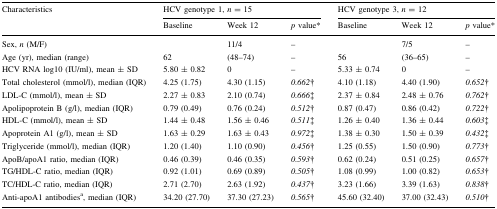
<table><thead><tr><td rowspan="2"><b>Characteristics</b></td><td colspan="3"><b>HCV genotype 1, <i>n</i> = 15</b></td><td colspan="3"><b>HCV genotype 3, <i>n</i> = 12</b></td></tr><tr><td><b>Baseline</b></td><td><b>Week 12</b></td><td><b><i>p</i> value*</b></td><td><b>Baseline</b></td><td><b>Week 12</b></td><td><b><i>p</i> value*</b></td></tr></thead><tbody><tr><td>Sex, <i>n</i> (M/F)</td><td></td><td>11/4</td><td>–</td><td></td><td>7/5</td><td>–</td></tr><tr><td>Age (yr), median (range)</td><td>62</td><td>(48–74)</td><td>–</td><td>56</td><td>(36–65)</td><td>–</td></tr><tr><td>HCV RNA log10 (IU/ml), mean ± SD</td><td>5.80 ± 0.82</td><td>0</td><td>–</td><td>5.33 ± 0.74</td><td>0</td><td>–</td></tr><tr><td>Total cholesterol (mmol/l), median (IQR)</td><td>4.25 (1.75)</td><td>4.30 (1.15)</td><td><i>0.662</i>†</td><td>4.10 (1.18)</td><td>4.40 (1.90)</td><td><i>0.652</i>†</td></tr><tr><td>LDL-C (mmol/l), mean ± SD</td><td>2.27 ± 0.83</td><td>2.10 (0.74)</td><td><i>0.666</i>‡</td><td>2.37 ± 0.84</td><td>2.48 ± 0.76</td><td><i>0.762</i>†</td></tr><tr><td>Apolipoprotein B (g/l), median (IQR)</td><td>0.79 (0.49)</td><td>0.76 (0.24)</td><td><i>0.512</i>†</td><td>0.87 (0.47)</td><td>0.86 (0.42)</td><td><i>0.722</i>†</td></tr><tr><td>HDL-C (mmol/l), mean ± SD</td><td>1.44 ± 0.48</td><td>1.56 ± 0.46</td><td><i>0.511</i>‡</td><td>1.26 ± 0.40</td><td>1.36 ± 0.44</td><td><i>0.603</i>‡</td></tr><tr><td>Apoprotein A1 (g/l), mean ± SD</td><td>1.63 ± 0.29</td><td>1.63 ± 0.43</td><td><i>0.972</i>‡</td><td>1.38 ± 0.30</td><td>1.50 ± 0.39</td><td><i>0.432</i>‡</td></tr><tr><td>Triglyceride (mmol/l), median (IQR)</td><td>1.20 (1.40)</td><td>1.10 (0.90)</td><td><i>0.456</i>†</td><td>1.25 (0.55)</td><td>1.50 (0.90)</td><td><i>0.773</i>†</td></tr><tr><td>ApoB/apoA1 ratio, median (IQR)</td><td>0.46 (0.39)</td><td>0.46 (0.35)</td><td><i>0.593</i>†</td><td>0.62 (0.24)</td><td>0.51 (0.25)</td><td><i>0.657</i>†</td></tr><tr><td>TG/HDL-C ratio, median (IQR)</td><td>0.92 (1.01)</td><td>0.69 (0.89)</td><td><i>0.505</i>†</td><td>1.08 (0.99)</td><td>1.00 (0.82)</td><td><i>0.653</i>†</td></tr><tr><td>TC/HDL-C ratio, median (IQR)</td><td>2.71 (2.70)</td><td>2.63 (1.92)</td><td><i>0.437</i>†</td><td>3.23 (1.66)</td><td>3.39 (1.63)</td><td><i>0.838</i>†</td></tr><tr><td>Anti-apoA1 antibodies<sup>a</sup>, median (IQR)</td><td>34.20 (27.70)</td><td>37.30 (27.23)</td><td><i>0.565</i>†</td><td>45.60 (32.40)</td><td>37.00 (32.43)</td><td><i>0.510</i>†</td></tr></tbody></table>